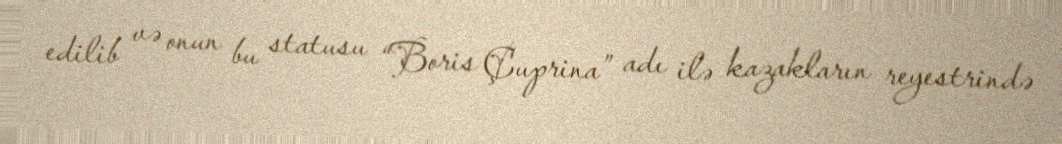
edilib və onun bu statusu “Boris Çuprina” adı ilə kazakların reyestrində